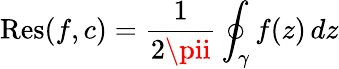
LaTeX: \operatorname{R\mathrm{e}s}(f,c)={\frac{{1}}{{2\pii}}}\oint_{\gamma}f(z)\, dz